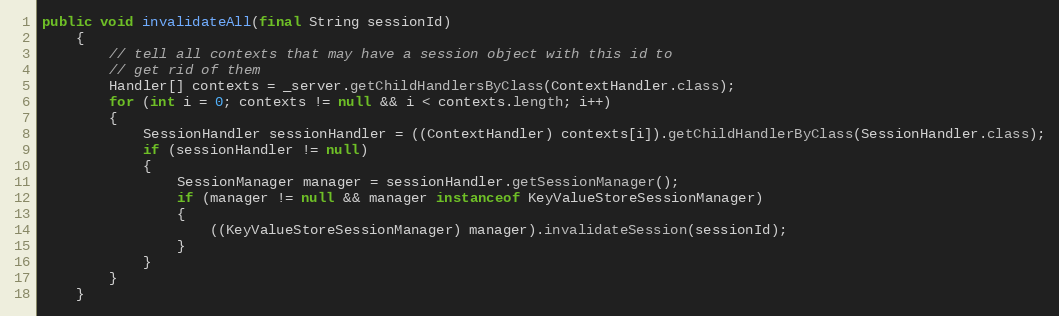
Language: Java
public void invalidateAll(final String sessionId)
    {
        // tell all contexts that may have a session object with this id to
        // get rid of them
        Handler[] contexts = _server.getChildHandlersByClass(ContextHandler.class);
        for (int i = 0; contexts != null && i < contexts.length; i++)
        {
            SessionHandler sessionHandler = ((ContextHandler) contexts[i]).getChildHandlerByClass(SessionHandler.class);
            if (sessionHandler != null)
            {
                SessionManager manager = sessionHandler.getSessionManager();
                if (manager != null && manager instanceof KeyValueStoreSessionManager)
                {
                    ((KeyValueStoreSessionManager) manager).invalidateSession(sessionId);
                }
            }
        }
    }